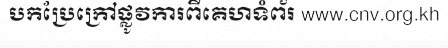
បកប្រែក្រៅផ្លូវការពីគេហទំព័រ www.cnv.org.kh